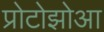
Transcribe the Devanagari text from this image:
प्रोटोझोआ